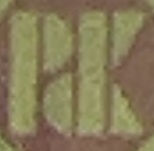
PDK